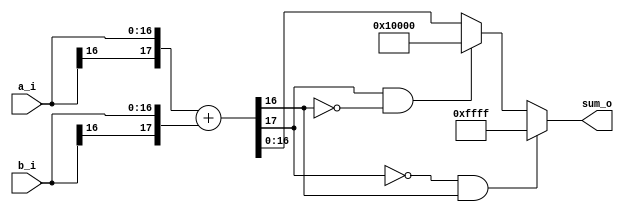
// <summary>
// Signed add/minus operation for 16 bits with overflow prevention 
// </summary>
module sa (
    input [17-1:0] a_i, b_i,
    output [17-1:0] sum_o
    );
    
    wire [18-1:0] sum_t;
    assign sum_t = {a_i[16], a_i} + {b_i[16], b_i};
    assign sum_o = (~sum_t[17] &  sum_t[16]) ? 17'b0_1111_1111_1111_1111 : // + overflow
                   ( sum_t[17] & ~sum_t[16]) ? 17'b1_0000_0000_0000_0000 : // - overflow
                   sum_t[16:0];
endmodule